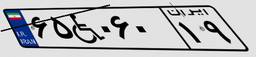
۵۶W۵۷۹۸۳